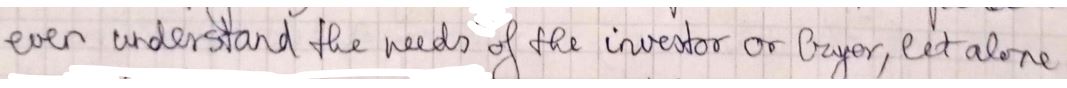
even understand the needs of the investor or layer, let alone